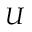
U